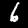
Digit: 6